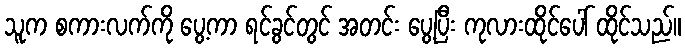
သူက စကားလက်ကို ပွေ့ကာ ရင်ခွင်တွင် အတင်း ပွေ့ပြီး ကုလားထိုင်ပေါ် ထိုင်သည်။